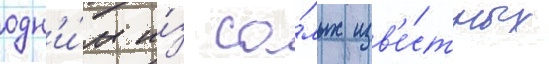
одн'и́м и́з са́мых изв'е́стных